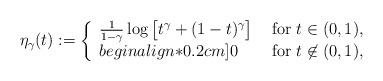
LaTeX: \begin{align*}\eta_\gamma(t) := \left\{\begin{array}{ll} \frac{1}{1-\gamma} \log\big[t^\gamma + (1-t)^\gamma\big]& \mbox{ for }t\in(0,1),\\begin{align*}0.2cm]0&\mbox{ for }t\not\in(0,1),\end{array}\right.\end{align*}